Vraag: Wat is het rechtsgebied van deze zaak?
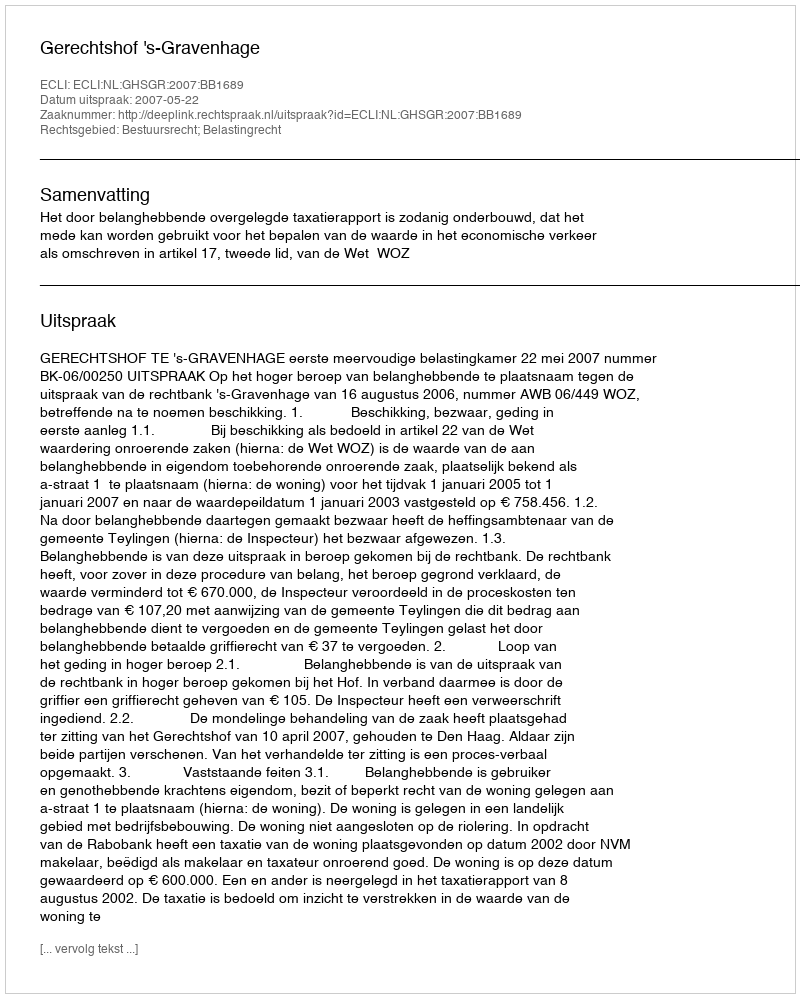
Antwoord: Bestuursrecht; Belastingrecht